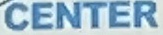
CENTER